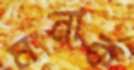
মনার্ক